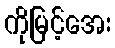
ကိုမြင့်အေး